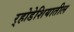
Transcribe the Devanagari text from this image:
र्‍होडेशियातील